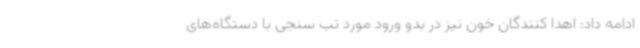
ادامه داد: اهدا کنندگان خون نیز در بدو ورود مورد تب سنجی با دستگاه‌های